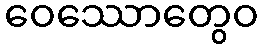
ဝေဿောတွေဝ